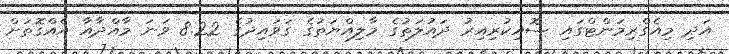
އަދި މިއެގްރިމަންޓްގައި ސޮއިކުރިއިރު ދައުލަތުގެ މާލިއްޔަތުގެ ގަވައިދުގެ 8.22 ވަނަ މާއްދާއާ އެއްގޮތަށް